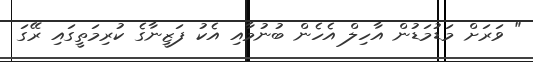
" ވަރަށް މަޑުމަޑުން އާހިލް އެހެން ބުނުމާއި އެކު ފަޒީނާގެ ކުރިމަތީގައި ރޭގަ